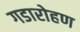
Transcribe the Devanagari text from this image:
गडारोहण